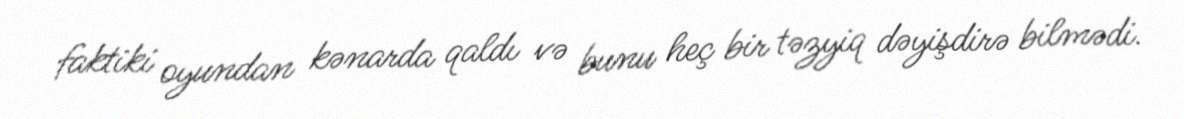
faktiki oyundan kənarda qaldı və bunu heç bir təzyiq dəyişdirə bilmədi.